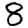
Digit: 8